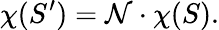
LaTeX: \chi(S^{\prime})=\mathcal{N}\cdot\chi(S).